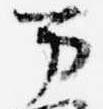
万